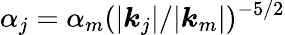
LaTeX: \alpha_{j}=\alpha_{m}(|\boldsymbol{k}_{j}|/|\boldsymbol{k}_{m}|)^{-5/2}